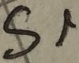
Text: S1